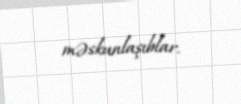
məskunlaşıblar.